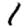
Digit: 1